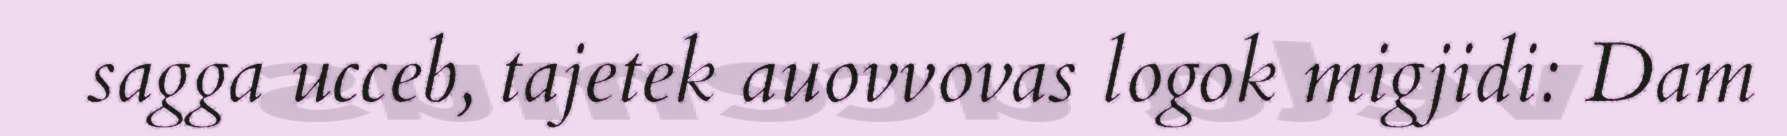
sagga ucceb, tajetek auovvovas logok migjidi: Dam